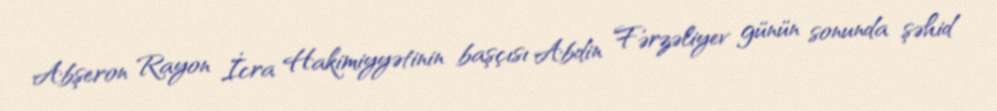
Abşeron Rayon İcra Hakimiyyətinin başçısı Abdin Fərzəliyev günün sonunda şəhid